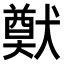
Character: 𤡽